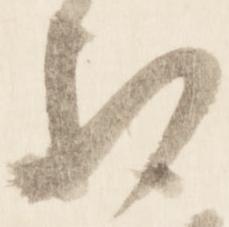
相